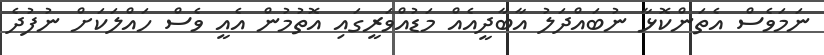
ނަމަވެސް އެތަންކޮޅާ ނުބައްދަލު އާބާދީއެއް މަޑުއްވަރީގައި އޮތުމުން އެއީ ވެސް ހައްލަކަށް ނުފުދެ